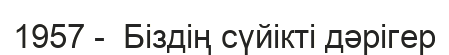
1957 -  Біздің сүйікті дәрігер